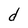
Character: d